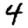
Digit: 4